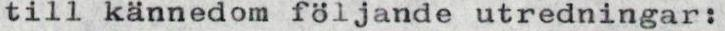
till kännedom följande utredningar: